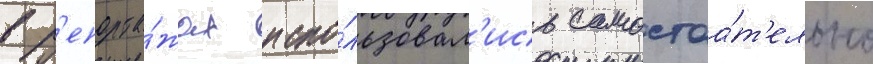
в р'епорта́жах испо́льзовал'ись самостоа́т'ельно